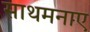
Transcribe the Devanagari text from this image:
साथमनाए